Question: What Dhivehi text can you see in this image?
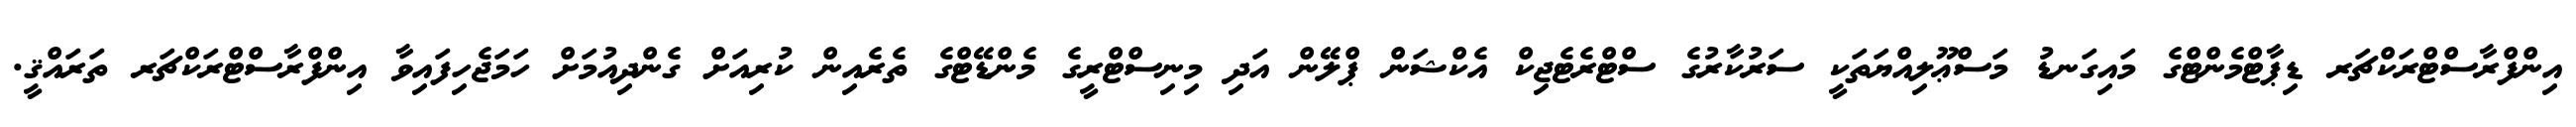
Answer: އިންފްރާސްޓްރަކްޗަރ ޑިޕާޓްމެންޓްގެ މައިގަނޑު މަސްޢޫލިއްޔަތަކީ ސަރުކާރުގެ ސްޓްރެޓެޖިކް އެކްޝަން ޕްލޭން އަދި މިނިސްޓްރީގެ މެންޑޭޓްގެ ތެރެއިން ކުރިއަށް ގެންދިއުމަށް ހަމަޖެހިފައިވާ އިންފްރާސްޓްރަކްޗަރ ތަރައްޤީ.